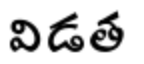
విడత